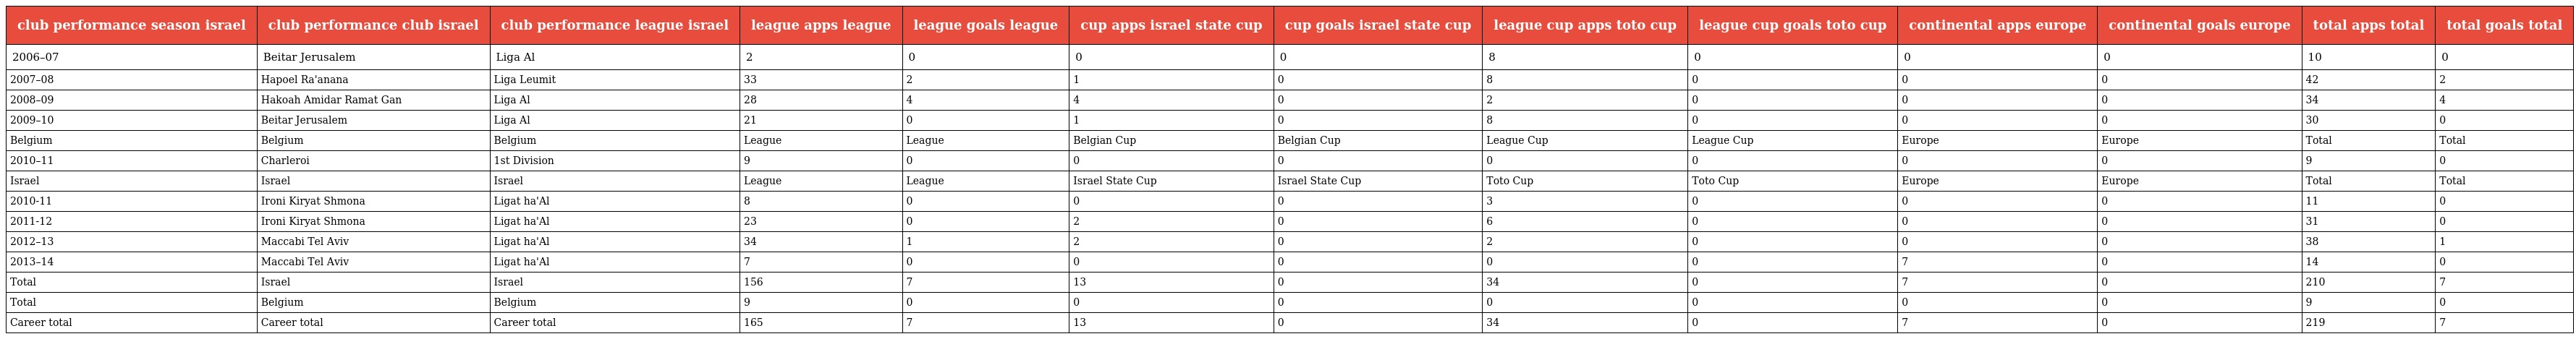
| club performance season israel | club performance club israel | club performance league israel | league apps league | league goals league | cup apps israel state cup | cup goals israel state cup | league cup apps toto cup | league cup goals toto cup | continental apps europe | continental goals europe | total apps total | total goals total |
 | --- | --- | --- | --- | --- | --- | --- | --- | --- | --- | --- | --- | --- |
 | 2006–07 | Beitar Jerusalem | Liga Al | 2 | 0 | 0 | 0 | 8 | 0 | 0 | 0 | 10 | 0 |
 | 2007–08 | Hapoel Ra'anana | Liga Leumit | 33 | 2 | 1 | 0 | 8 | 0 | 0 | 0 | 42 | 2 |
 | 2008–09 | Hakoah Amidar Ramat Gan | Liga Al | 28 | 4 | 4 | 0 | 2 | 0 | 0 | 0 | 34 | 4 |
 | 2009–10 | Beitar Jerusalem | Liga Al | 21 | 0 | 1 | 0 | 8 | 0 | 0 | 0 | 30 | 0 |
 | Belgium | Belgium | Belgium | League | League | Belgian Cup | Belgian Cup | League Cup | League Cup | Europe | Europe | Total | Total |
 | 2010–11 | Charleroi | 1st Division | 9 | 0 | 0 | 0 | 0 | 0 | 0 | 0 | 9 | 0 |
 | Israel | Israel | Israel | League | League | Israel State Cup | Israel State Cup | Toto Cup | Toto Cup | Europe | Europe | Total | Total |
 | 2010-11 | Ironi Kiryat Shmona | Ligat ha'Al | 8 | 0 | 0 | 0 | 3 | 0 | 0 | 0 | 11 | 0 |
 | 2011-12 | Ironi Kiryat Shmona | Ligat ha'Al | 23 | 0 | 2 | 0 | 6 | 0 | 0 | 0 | 31 | 0 |
 | 2012–13 | Maccabi Tel Aviv | Ligat ha'Al | 34 | 1 | 2 | 0 | 2 | 0 | 0 | 0 | 38 | 1 |
 | 2013–14 | Maccabi Tel Aviv | Ligat ha'Al | 7 | 0 | 0 | 0 | 0 | 0 | 7 | 0 | 14 | 0 |
 | Total | Israel | Israel | 156 | 7 | 13 | 0 | 34 | 0 | 7 | 0 | 210 | 7 |
 | Total | Belgium | Belgium | 9 | 0 | 0 | 0 | 0 | 0 | 0 | 0 | 9 | 0 |
 | Career total | Career total | Career total | 165 | 7 | 13 | 0 | 34 | 0 | 7 | 0 | 219 | 7 |